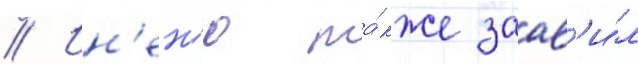
// Ин'ен'ю та́кже заав'и́л